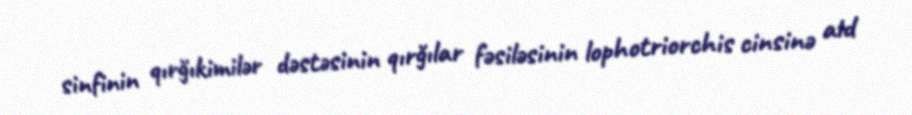
sinfinin qırğıkimilər dəstəsinin qırğılar fəsiləsinin lophotriorchis cinsinə aid